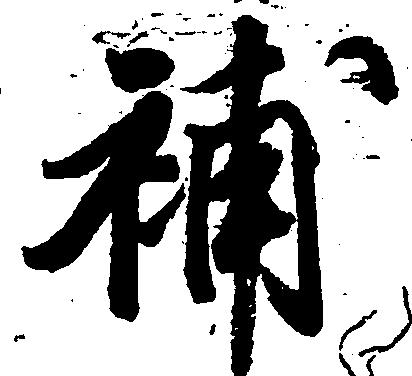
補